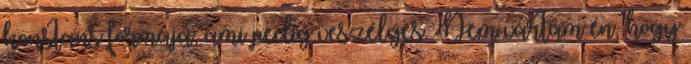
konstans formája, ami pedig veszélyes. Nem vártam én, hogy